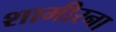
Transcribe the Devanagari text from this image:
शामीरना